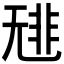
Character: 𩇳